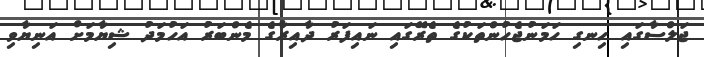
ޖަލްސާގައި ހިނގި ހަމަނުޖެހުންތަކުގެ ތެރޭގައި ނައިފަރު ދާއިރާގެ މެންބަރު އަހުމަދު ޝިޔާމަށް އަނިޔާވި